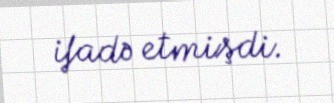
ifadə etmişdi.